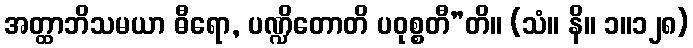
အတ္ထာဘိသမယာ ဓီရော, ပဏ္ဍိတောတိ ပဝုစ္စတီ”တိ။ (သံ။ နိ။ ၁။၁၂၈)